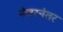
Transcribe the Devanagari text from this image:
नंतरनंतर